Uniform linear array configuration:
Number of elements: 48
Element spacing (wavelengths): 1
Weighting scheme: blackman
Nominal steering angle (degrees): -45
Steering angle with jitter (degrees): -44.323
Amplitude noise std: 0.05
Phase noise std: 0.05

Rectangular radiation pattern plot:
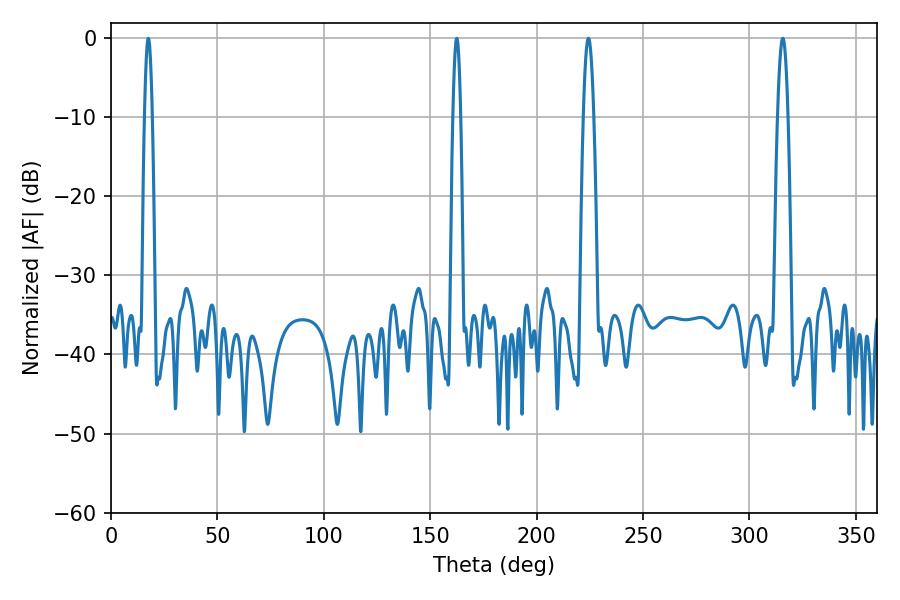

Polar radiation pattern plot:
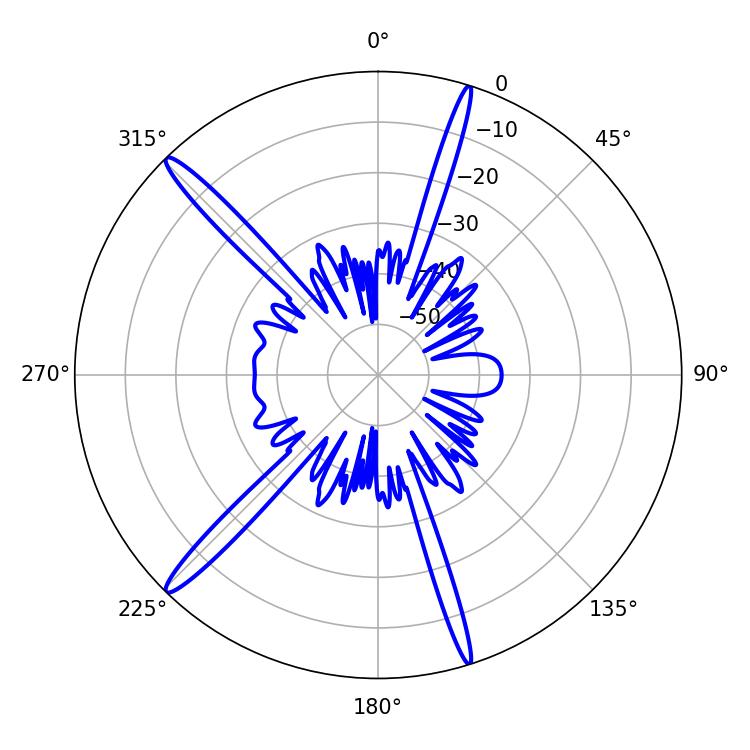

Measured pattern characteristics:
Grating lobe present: TRUE
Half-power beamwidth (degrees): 2.7
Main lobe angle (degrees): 224.28